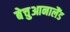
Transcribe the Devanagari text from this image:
बेचुआनालैंड